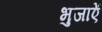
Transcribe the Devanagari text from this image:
भुजाऐं